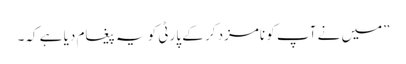
”میں نے آپ کو نامزد کر کے پارٹی کو یہ پیغام دیا ہے کہ۔